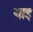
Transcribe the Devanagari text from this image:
याइ